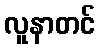
လူနာတင်